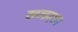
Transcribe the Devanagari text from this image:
ह्ह्ज्झ्ह्ह्ग